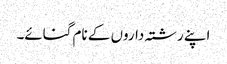
اپنے رشتہ داروں کے نام گنائے۔